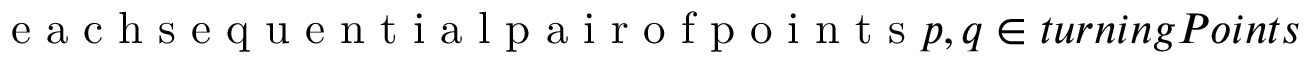
\mathrm { ~ e ~ a ~ c ~ h ~ s ~ e ~ q ~ u ~ e ~ n ~ t ~ i ~ a ~ l ~ p ~ a ~ i ~ r ~ o ~ f ~ p ~ o ~ i ~ n ~ t ~ s ~ } p , q \in t u r n i n g P o i n t s